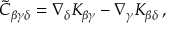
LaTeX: \tilde { C } _ { \beta \gamma \delta } = \nabla _ { \delta } K _ { \beta \gamma } - \nabla _ { \gamma } K _ { \beta \delta } \, ,